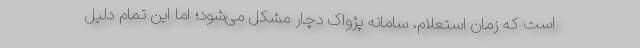
است که زمان استعلام، سامانه پژواک دچار مشکل می‌شود؛ اما این تمام دلیل